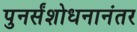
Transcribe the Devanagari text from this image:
पुनर्संशोधनानंतर